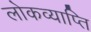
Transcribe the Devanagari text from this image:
लोकव्याप्ति